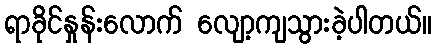
ရာခိုင်နှုန်းလောက် လျော့ကျသွားခဲ့ပါတယ်။